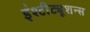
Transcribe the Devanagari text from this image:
इंश्टीट्यूशन्स